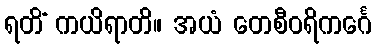
ရတိံ ကယိရာတိ။ အယံ တေစီဝရိကင်္ဂေ